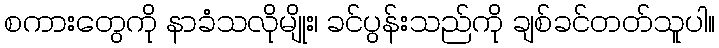
စကားတွေကို နာခံသလိုမျိုး၊ ခင်ပွန်းသည်ကို ချစ်ခင်တတ်သူပါ။